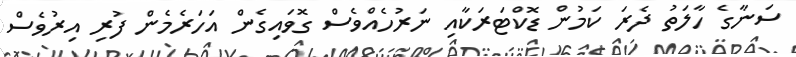
ސަނާގެ ހާލަތު ދެރަ ކަމުން ޑޮކްޓަރަކާއި ނަރުހެއްވެސް ގޮވައިގެން އަހަރެމެން ފުރި އިރުވެސް